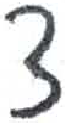
אות: צ